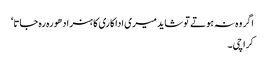
اگر وہ نہ ہوتے تو شاید میری اداکاری کا ہنر ادھورہ رہ جاتا‘
کراچی۔